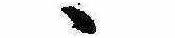
ゝ